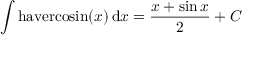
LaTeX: \int \mathrm { h a v e r c o s i n } ( x ) \, \mathrm { d } x = { \frac { x + \sin { x } } { 2 } } + C